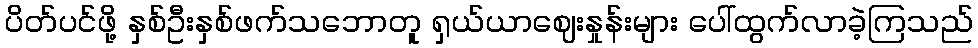
ပိတ်ပင်ဖို့ နှစ်ဦးနှစ်ဖက်သဘောတူ ရှယ်ယာဈေးနှုန်းများ ပေါ်ထွက်လာခဲ့ကြသည်